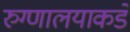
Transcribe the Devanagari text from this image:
रुग्णालयाकडे